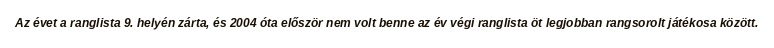
Az évet a ranglista 9. helyén zárta, és 2004 óta először nem volt benne az év végi ranglista öt legjobban rangsorolt játékosa között.